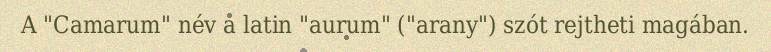
A "Camarum" név a latin "aurum" ("arany") szót rejtheti magában.